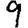
Digit: 9